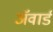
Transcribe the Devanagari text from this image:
अॅवार्ड